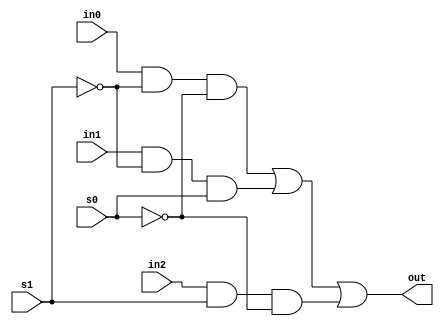
module mux3_to_1(out, in0, in1, in2, s1, s0);
    output out;
    input in0, in1, in2;
    input s1, s0;
    
    // Internal wire declarations
    wire s1n, s0n;
    wire y0, y1, y2;

    // Gate instantiations
    // Create s1n and s0n signals.
    not (s1n, s1);
    not (s0n, s0);
    // 3-input and gates instantiated
    and (y0, in0, s1n, s0n);
    and (y1, in1, s1n, s0);
    and (y2, in2, s1, s0n);
    // 3-input or gate instantiated
    or (out, y0, y1, y2);
endmodule

module mux3_to_1_8bits(out, in0, in1, in2, s1, s0);
    output [7:0] out;
    input [7:0] in0, in1, in2;
    input s1, s0;
    
    // Instantiate the 1-bit 4-to-1 mux for each bit
    mux3_to_1 mux0(out[0], in0[0], in1[0], in2[0], s1, s0);
    mux3_to_1 mux1(out[1], in0[1], in1[1], in2[1], s1, s0);
    mux3_to_1 mux2(out[2], in0[2], in1[2], in2[2], s1, s0);
    mux3_to_1 mux3(out[3], in0[3], in1[3], in2[3], s1, s0);
    mux3_to_1 mux4(out[4], in0[4], in1[4], in2[4], s1, s0);
    mux3_to_1 mux5(out[5], in0[5], in1[5], in2[5], s1, s0);
    mux3_to_1 mux6(out[6], in0[6], in1[6], in2[6], s1, s0);
    mux3_to_1 mux7(out[7], in0[7], in1[7], in2[7], s1, s0);
endmodule

module xor_nor_nand(out, a, b, s1, s0);
    input[7:0] a, b;
    input s1, s0;
    output[7:0] out;
    wire [7:0] y0, y1, y2;
    
    // Apply the bitwise operations directly to the vectors
    xor x[7:0](y0, a, b); // Bitwise XOR
    nor n1[7:0](y1, a, b); // Bitwise NOR
    nand na1[7:0](y2, a, b); // Bitwise NAND
    
    mux3_to_1_8bits test(out, y0, y1, y2, s1, s0);
endmodule


module stimulus;
    reg[7:0] in0, in1;
    reg s1, s0;
    wire[7:0] out;
    xor_nor_nand x_n_n_1 (out, in0, in1, s1, s0);
    initial 
    begin
        $monitor("Input %b %b \n s1=%b, s0=%b, Output is %b \n", in0, in1, s1, s0, out);
        in0 = 8'b01110111; 
        in1 = 8'b00001011;
        #1 s1 = 0; s0 = 0;
        #1 s1 = 0; s0 = 1;
        #1 s1 = 1; s0 = 0;
        #1 in0 = 8'b01101001; in1 = 8'b10100101;
        #1 s1 = 0; s0 = 0;
        #1 s1 = 0; s0 = 1;
        #1 s1 = 1; s0 = 0;
    end
endmodule